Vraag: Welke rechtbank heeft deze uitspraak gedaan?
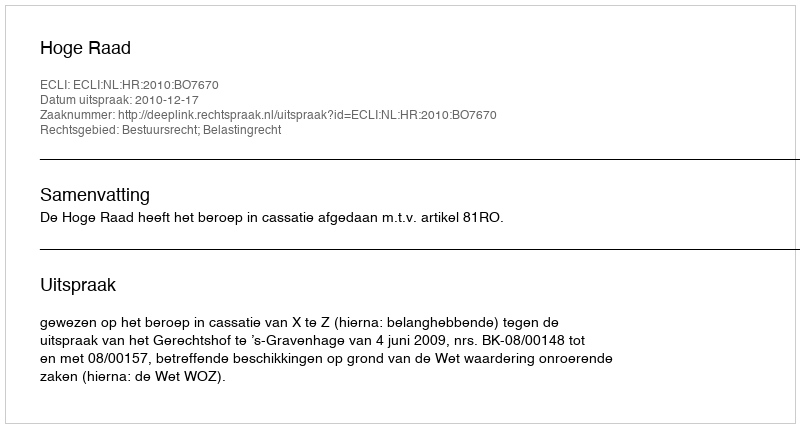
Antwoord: Hoge Raad